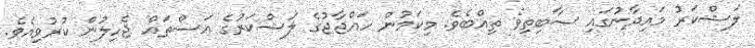
ލަޝްކަރު މައިދާނުގައި ސާބިތިވެ ތިއްބެވެ. މިކަމުން ހައްޖާޖުގެ ލަޝްކަރުގެ އަސްތައް ޖެހިލުން ކުރުވިއެވެ.